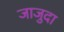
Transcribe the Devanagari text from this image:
जाजुदा